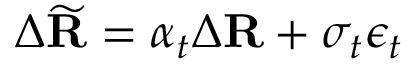
\Delta \widetilde { \mathbf { R } } = \alpha _ { t } \Delta \mathbf { R } + \sigma _ { t } \epsilon _ { t }